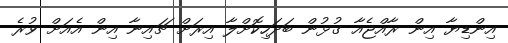
އިންޑިޔާ އިން ރާއްޖެއާ ގުޅުން ބަދަހިކޮށްލާ އިރަށް ޗައިނާ އިން އެއަށް ވުރެ